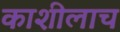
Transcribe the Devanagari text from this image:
काशीलाच